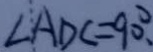
\angle A D C = 9 0 ^ { \circ } .